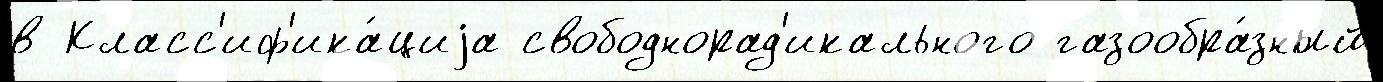
в Класс'иф'ика́циjа свободнорад'икального газообра́зный